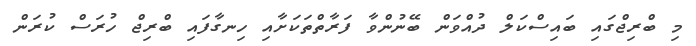
މި ބްރިޖްގައި ބައިސްކަލް ދުއްވަން ބޭނުންވާ ފަރާތްތަކަށާއި ހިނގާފައި ބްރިޖް ހުރަސް ކުރަން